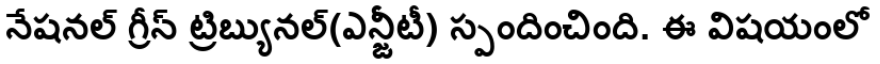
నేషనల్ గ్రీన్ ట్రిబ్యునల్(ఎన్జీటీ) స్పందించింది. ఈ విషయంలో